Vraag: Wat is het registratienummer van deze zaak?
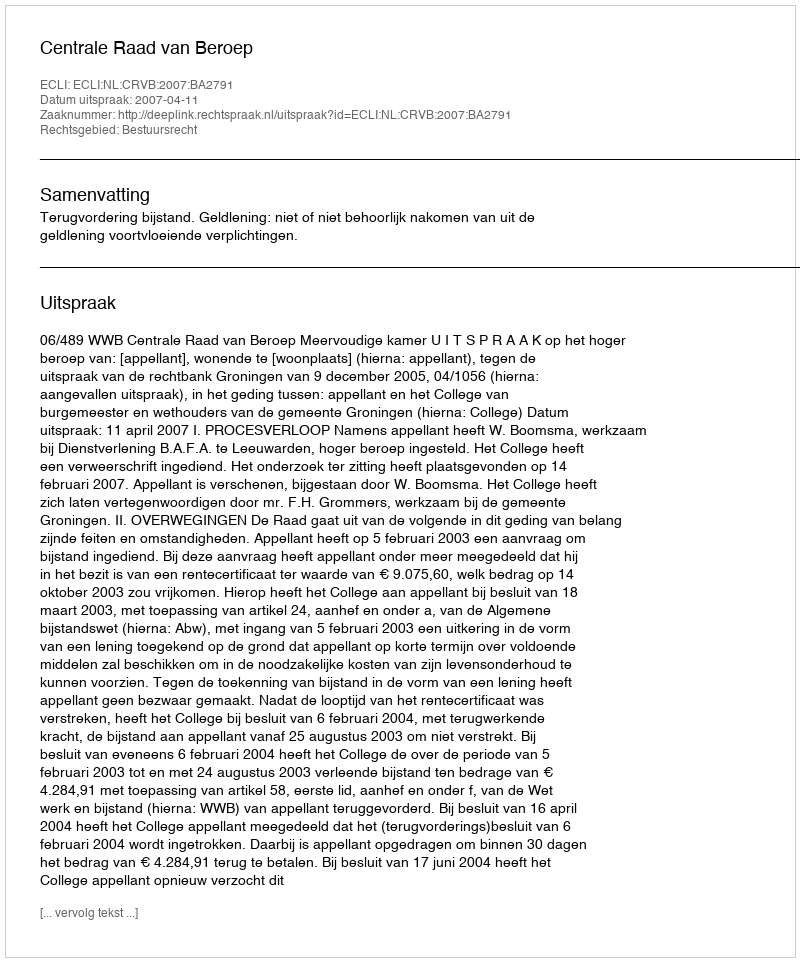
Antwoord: http://deeplink.rechtspraak.nl/uitspraak?id=ECLI:NL:CRVB:2007:BA2791